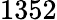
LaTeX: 1352